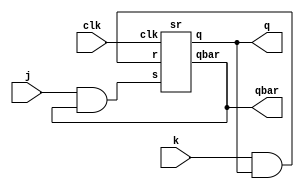
`timescale 1ns / 1ps

module JK_using_SR(
input j,k,clk,
output q,qbar
    );
    wire w1,w2;
    and a1(w1,j,qbar);
    and a2(w2,k,q);
   sr ff(w1,w2,clk,q,qbar);
endmodule

module sr(
input s,r,clk,
output reg q,qbar);

  always@(posedge clk)
  begin
    q=1'b0; qbar=1'b1;
     if(clk==1) begin
        if(s==0 && r==0) begin
         q<=q; qbar<=qbar;
        end
        else if(s==0 && r==1) begin
         q<=1'b0; qbar<=1'b1;
        end
        else if(s==1 && r==0) begin
         q<=1'b1; qbar<=1'b0;
        end
        else if(s==1 && r==1) begin
         q<=1'bx; qbar<=1'bx;
        end
     end
     if(clk==0) begin
     q=q; qbar=qbar ;
     end
  end   
endmodule